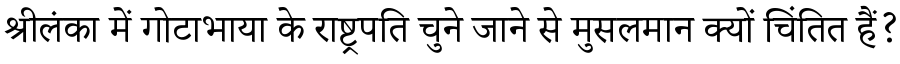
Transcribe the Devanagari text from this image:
श्रीलंका में गोटाभाया के राष्ट्रपति चुने जाने से मुसलमान क्यों चिंतित हैं?